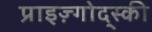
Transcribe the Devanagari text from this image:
प्राइज़्गोद्स्की